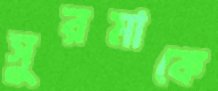
সুরমাকে